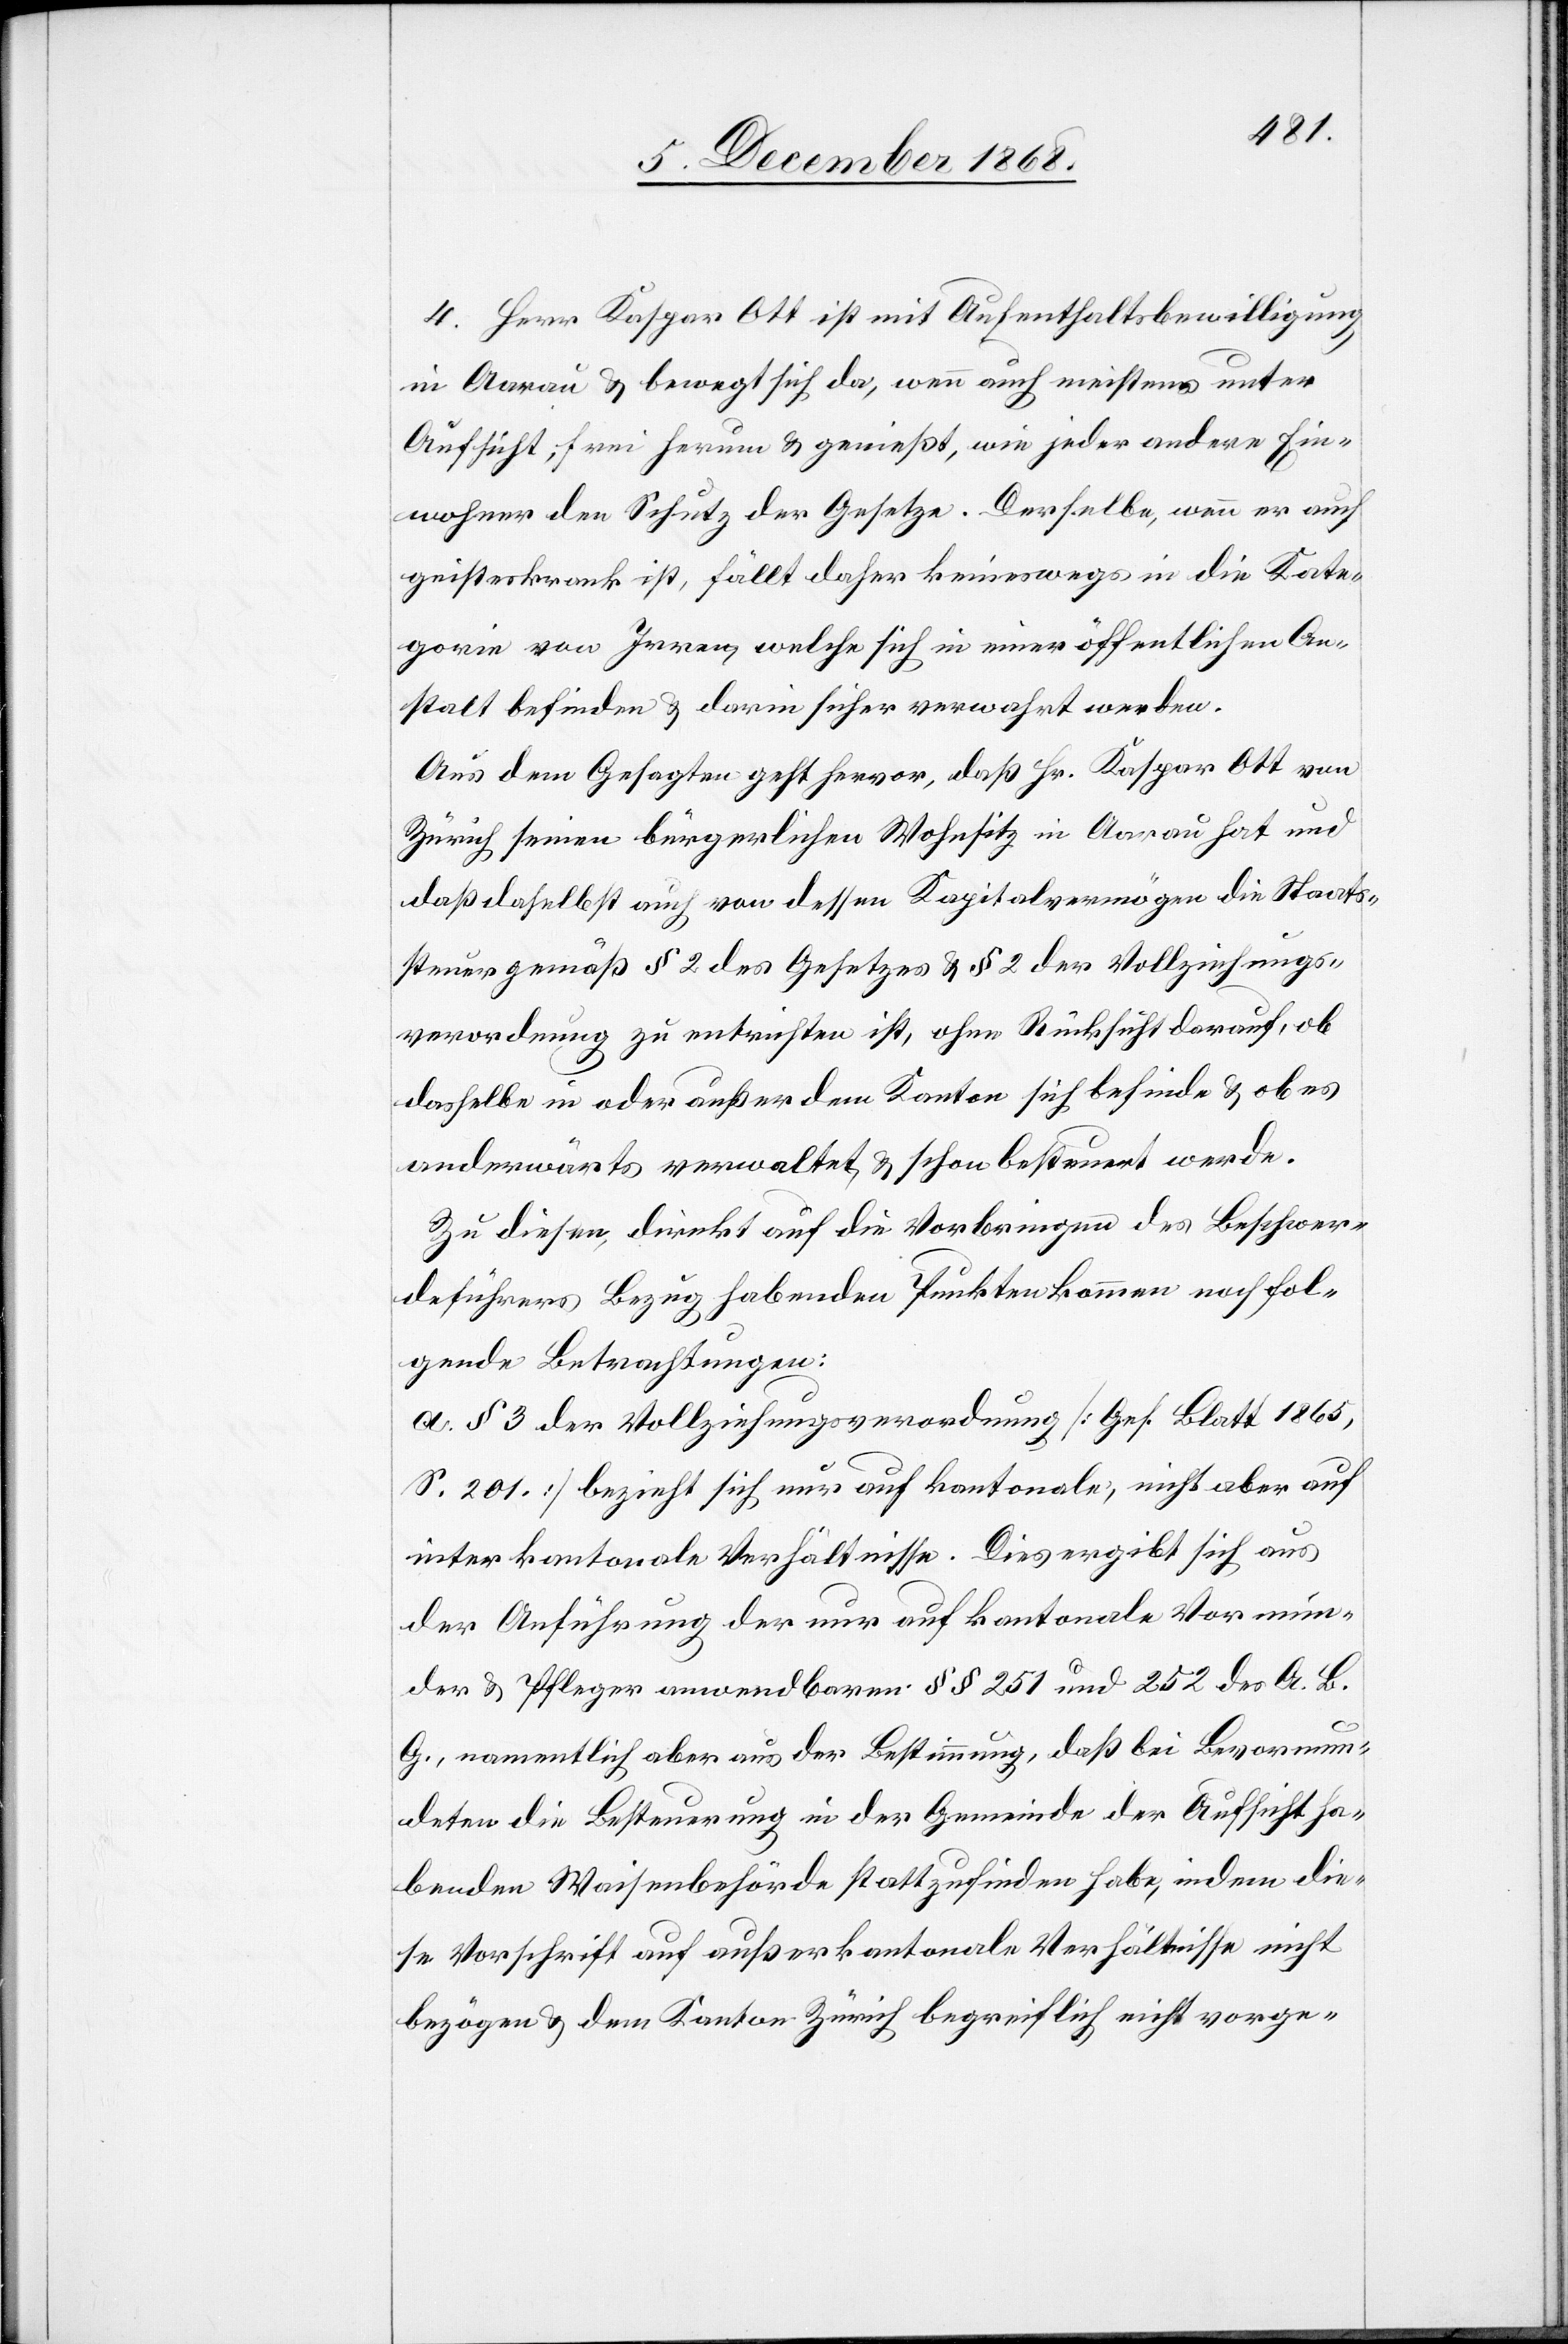
4. Herr Kaspar Ott ist mit Aufenthaltsbewilligung
in Aarau & bewegt sich da, wenn auch meistens unter
Aufsicht, frei herum & genießt, wie jeder andere Ein¬
wohner den Schutz der Gesetze. Derselbe, wenn er auch
geisteskrank ist, fällt daher keineswegs in die Kate¬
gorie von Irren, welche sich in einer öffentlichen An¬
stalt befinden & darin sicher verwahrt werden.
Aus dem Gesagten geht hervor, daß Hr. Kaspar Ott von
Zürich seinen bürgerlichen Wohnsitz in Aarau hat und
daß daselbst auch von dessen Kapitalvermögen die Staats¬
steuer gemäß § 2 des Gesetzes & § 2 der Vollziehungs¬
verordnung zu entrichten ist, ohne Rücksicht darauf, ob
dasselbe in oder außer dem Kanton sich befinde & ob es
anderwärts verwaltet & schon besteuert werde.
Zu diesen, direkt auf die Vorbringen des Beschwer¬
deführers Bezug habenden Punkten kommen noch fol¬
gende Betrachtungen:
a. § 3 der Vollziehungsverordnung [Ges. Blatt 1865,
S. 201.] bezieht sich nur auf kantonale, nicht aber auf
interkantonale Verhältnisse. Dies ergibt sich aus
der Anführung der nur auf kantonale Vormün¬
der & Pfleger anwendbaren §§ 251 und 252 des A. B.
G., namentlich aber aus der Bestimmung, daß bei Bevormun¬
deten die Besteuerung in der Gemeinde der Aufsicht ha¬
benden Waisenbehörde stattzufinden habe, indem die¬
se Vorschrift auf außerkantonale Verhältnisse nicht
bezögen [sic!] & dem Kanton Zürich begreiflich nicht vorge-